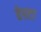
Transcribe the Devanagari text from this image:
हेरटा